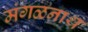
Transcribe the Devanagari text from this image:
मंगळनाथ